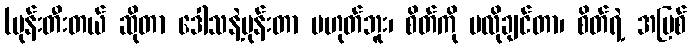
(မုန်းတီးတယ် ဆိုတာ ဒေါသနဲ့မုန်းတာ မဟုတ်ဘူး၊ စိတ်ကို မလိုချင်တာ၊ စိတ်ရဲ့ အပြစ်